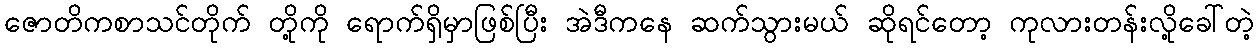
ဇောတိကစာသင်တိုက် တို့ကို ရောက်ရှိမှာဖြစ်ပြီး အဲဒီကနေ ဆက်သွားမယ် ဆိုရင်တော့ ကုလားတန်းလို့ခေါ်တဲ့